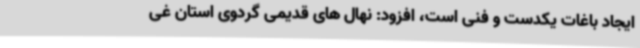
ایجاد باغات یکدست و فنی است، افزود: نهال های قدیمی گردوی استان غی